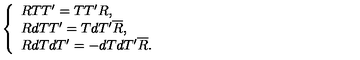
\left\{ \begin{array} { l } { R T T ^ { \prime } = T T ^ { \prime } R , } \\ { R d T T ^ { \prime } = T d T ^ { \prime } \overline { { R } } , } \\ { R d T d T ^ { \prime } = - d T d T ^ { \prime } \overline { { R } } . } \\ \end{array} \right.